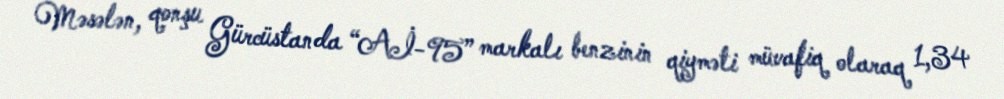
Məsələn, qonşu Gürcüstanda “Aİ-95” markalı benzinin qiyməti müvafiq olaraq 1,34